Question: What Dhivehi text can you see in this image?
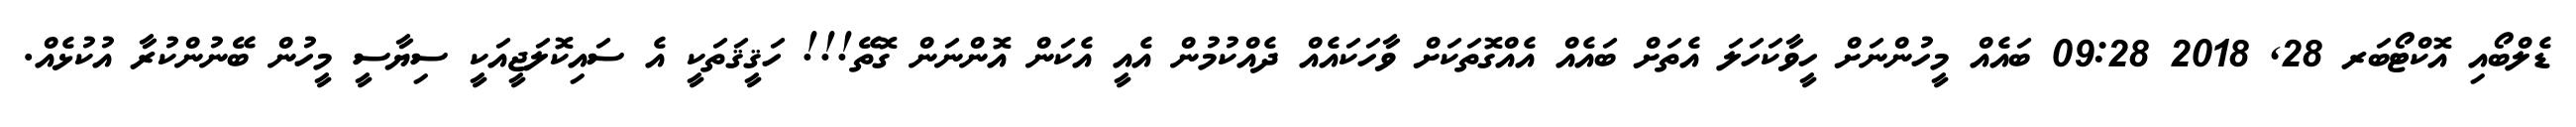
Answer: ޑެލްބޯއި އޮކްޓޯބަރ 28, 2018 09:28 ބައެއް މީހުންނަށް ހީވާކަހަލަ އެތަށް ބައެއް އެއްގޮތަކަށް ވާހަކައެއް ދެއްކުމުން އެއީ އެކަން އޮންނަން ގޮތޭ!!! ހަޤީޤަތަކީ އެ ސައިކޮލަޖީއަކީ ސިޔާސީ މީހުން ބޭނުންކުރާ އުކުޅެއް.